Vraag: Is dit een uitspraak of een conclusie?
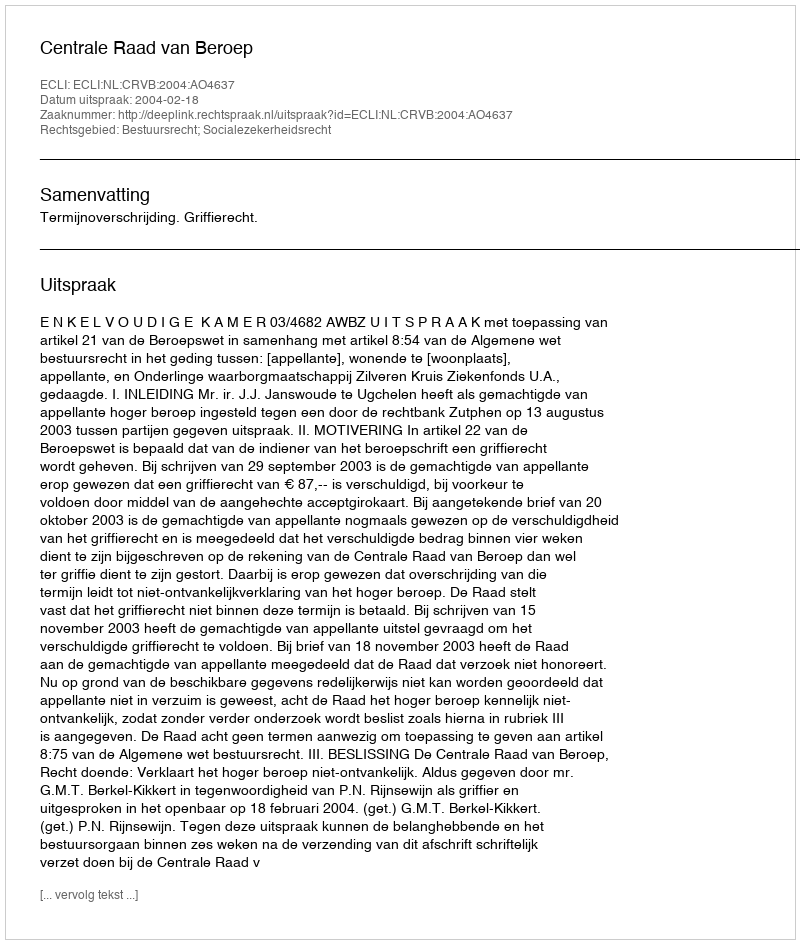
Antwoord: Uitspraak